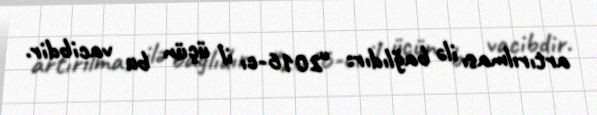
artırılması ilə bağlıdır: “2016-cı il üçün bu vacibdir.